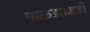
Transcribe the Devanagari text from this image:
फळझाडही